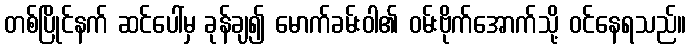
တစ်ပြိုင်နက် ဆင်ပေါ်မှ ခုန်ချ၍ မောက်ခမ်းဝါ၏ ဝမ်းဗိုက်အောက်သို့ ဝင်နေရသည်။